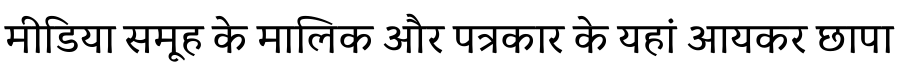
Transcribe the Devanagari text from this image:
मीडिया समूह के मालिक और पत्रकार के यहां आयकर छापा